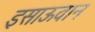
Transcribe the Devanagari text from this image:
इसाऊवान